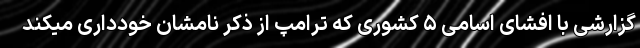
گزارشی با افشای اسامی ۵ کشوری که ترامپ از ذکر نامشان خودداری میکند